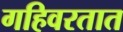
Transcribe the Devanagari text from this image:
गहिवरतात